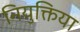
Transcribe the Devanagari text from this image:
नियुक्तिया